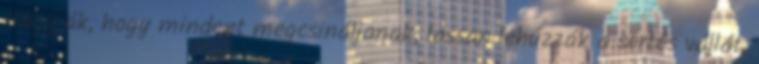
Hagyják, hogy mindent megcsináljanak, lassan lehúzzák a sertés vállát,